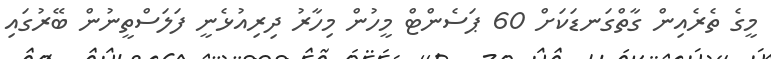
މީގެ ތެރެއިން ގާތްގަނޑަކަށް 60 ޕަސެންޓް މީހުން މިހާރު ދިރިއުޅެނީ ފަލަސްތީނުން ބޭރުގައި